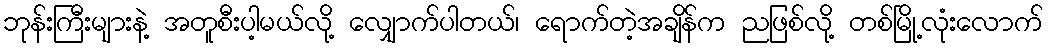
ဘုန်းကြီးများနဲ့ အတူစီးပါ့မယ်လို့ လျှောက်ပါတယ်၊ ရောက်တဲ့အချိန်က ညဖြစ်လို့ တစ်မြို့လုံးလောက်